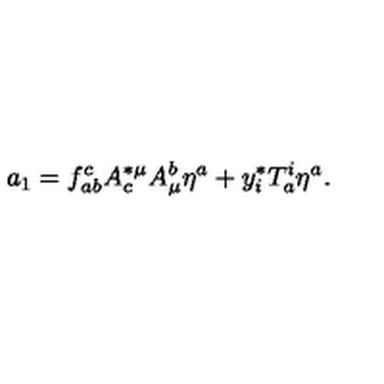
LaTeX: a _ { 1 } = f _ { a b } ^ { c } A _ { c } ^ { * \mu } A _ { \mu } ^ { b } \eta ^ { a } + y _ { i } ^ { * } T _ { a } ^ { i } \eta ^ { a } .